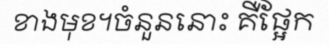
ខាងមុខ។ចំនួននោះ គឺផ្អែក